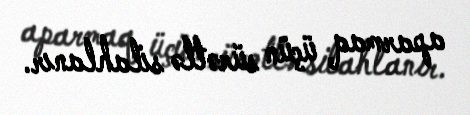
aparmaq üçün sürətlə silahlanır.